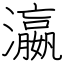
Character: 瀛